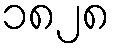
၁၈၂၈